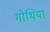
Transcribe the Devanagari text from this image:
गोथिया